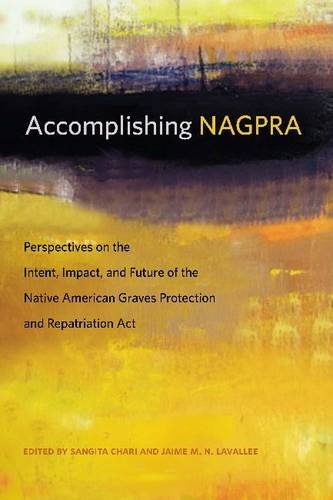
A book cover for Accomplishing NAGPRA: Perspectives on the Intent, Impact, and Future of the Native American Graves Protection and Repatriation Act (First Peoples); Law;